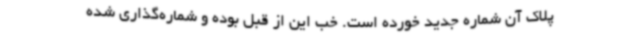
پلاک آن شماره جدید خورده است. خب این از قبل بوده و شماره‌گذاری شده